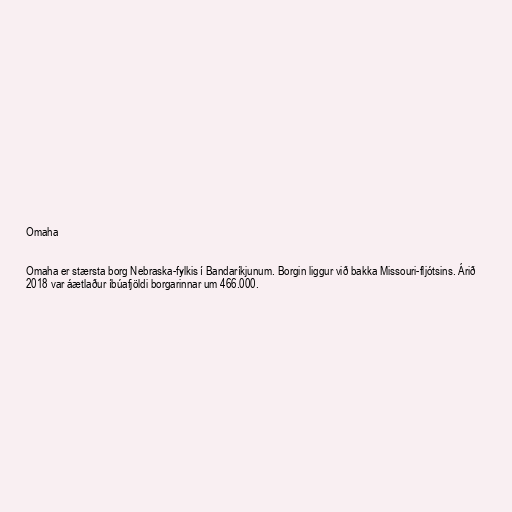
Omaha

Omaha er stærsta borg Nebraska-fylkis í Bandaríkjunum. Borgin liggur við bakka Missouri-fljótsins. Árið
2018 var áætlaður íbúafjöldi borgarinnar um 466.000.